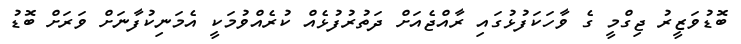
ބޮޑުވަޒީރު ޖިގްމީ ގެ ވާހަކަފުޅުގައި ރާއްޖެއަށް ދަތުރުފުޅެއް ކުރެއްވުމަކީ އެމަނިކުފާނަށް ވަރަށް ބޮޑު